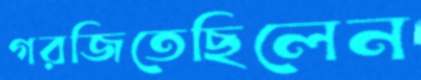
গরজিতেছিলেন